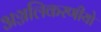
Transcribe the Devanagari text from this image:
अञ्जलिकरणीयो